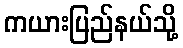
ကယားပြည်နယ်သို့